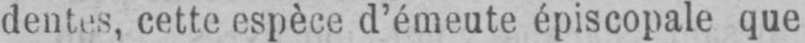
dentes, cette espèce d’émeute épiscopale que